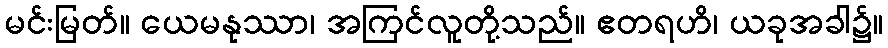
မင်းမြတ်။ ယေမနုဿာ၊ အကြင်လူတို့သည်။ ဧတရဟိ၊ ယခုအခါ၌။